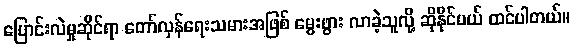
ပြောင်းလဲမှုဆိုင်ရာ တော်လှန်ရေးသမားအဖြစ် မွေးဖွား လာခဲ့သူလို့ ဆိုနိုင်မယ် ထင်ပါတယ်။